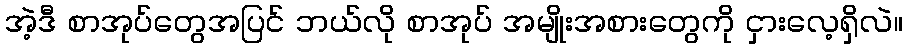
အဲ့ဒီ စာအုပ်တွေအပြင် ဘယ်လို စာအုပ် အမျိုးအစားတွေကို ငှားလေ့ရှိလဲ။